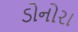
ડોનોરા